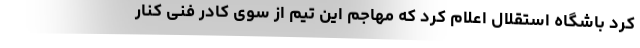
کرد باشگاه استقلال اعلام کرد که مهاجم این تیم از سوی کادر فنی کنار